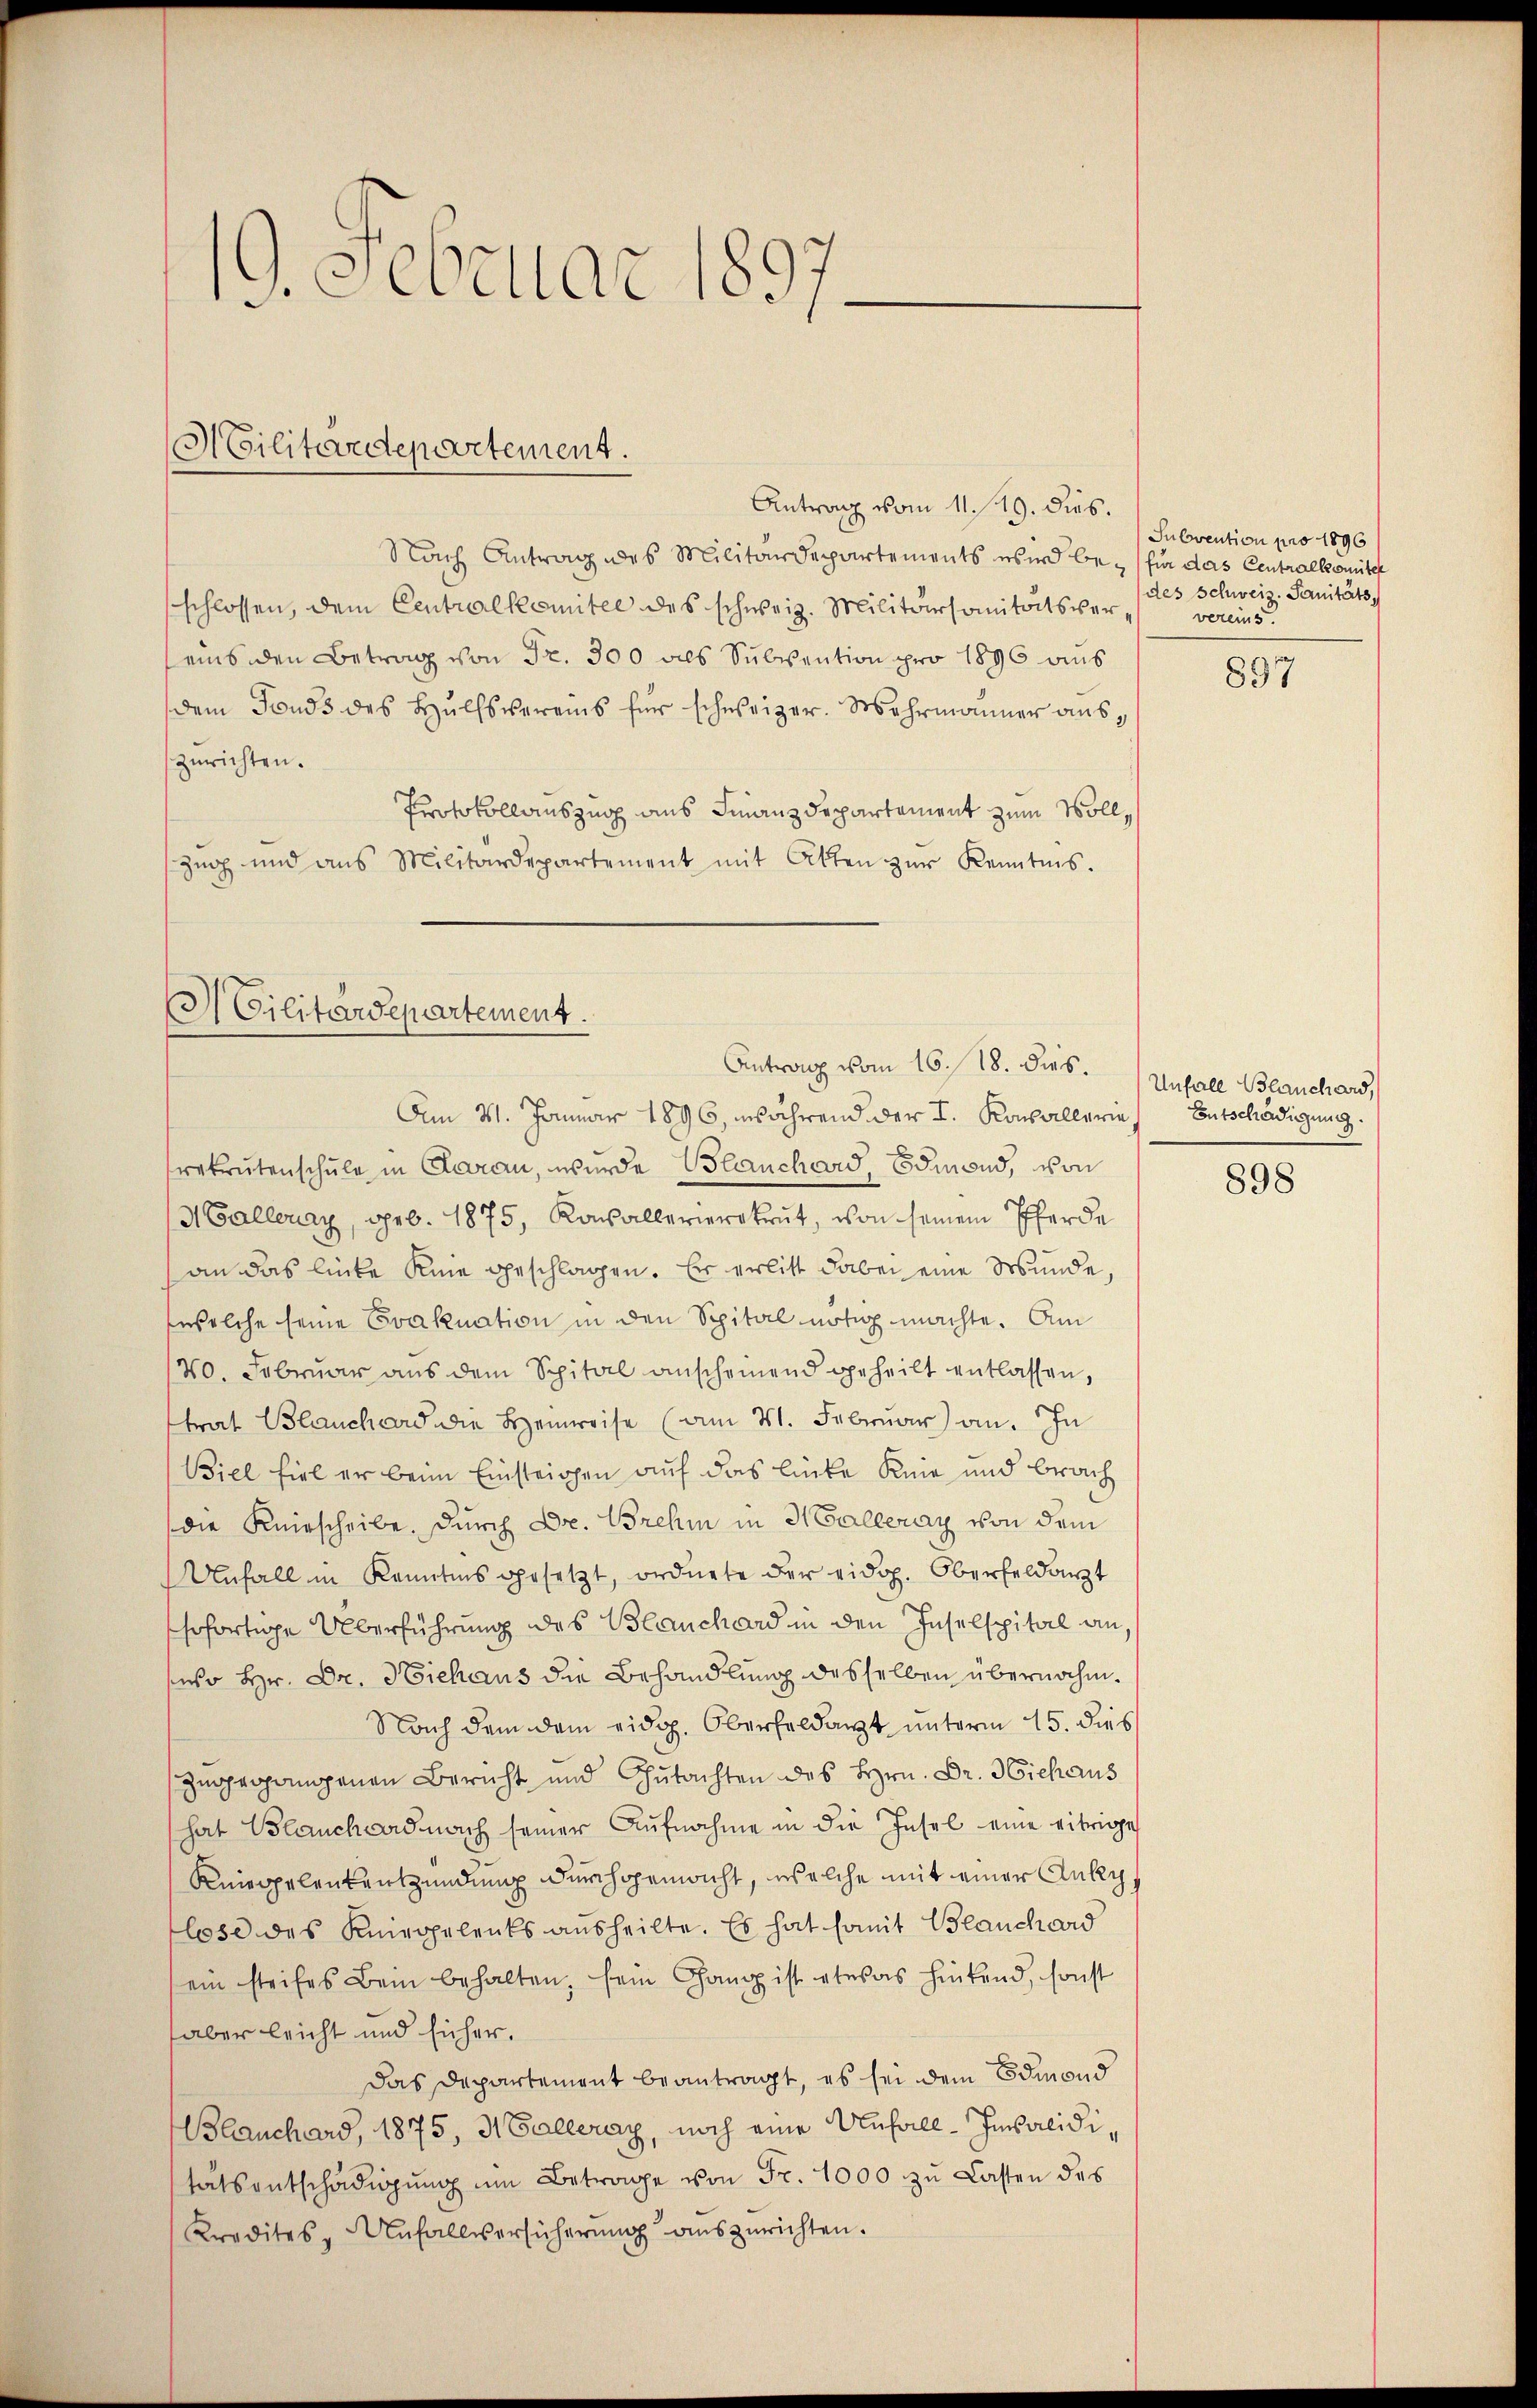
19. Februar 1897

Antrag vom 11. 19. dies
Nach Antrag des Militärdepartements wird be- für das Centralkomitel
schlossen, dem Centralkomitee des schweiz. Militärsanitätsvereins den Betrag von Fr. 300 als Subvention pro 1896 aus
dem Fonds des Hülfsvereins für schweizer. Mehrmanner auszurichten.
Protokollauszug aus Finanzdepartement zum Voll¬
Zŭg und ans Militärdepartement mit Akten zŭr Kenntnis.

Militärdepartement.

3) Cilitärdepartement.
Antrag vom 16. 18. dies. Unfall Blanchard,
Am 31. Januar 1896, während der I. Konsallerin Entschädigung.

rekrutenschule in Garan, wurde Blanchard, Edmond, von
Malleray, geb. 1875, Kasallerierekrut, von seinem Pferde
an das linke Knie geschlagen. Er erlitt dabei eine Wunde,
welche seine Evaknation in den Spital nötig machte. Am
140. Februar aus dem Spital anscheinend geheilt entlassen,
strat Blanchard die Heinweise (am 21. Februar an. In
Biel fiel er beim Einsteigen auf das linke Knie und brach
die Knirscheibe. Durch Dr. Brehin in Halleray von dem
Unfall in Kenntnis gesetzt, ordnete der eidg. Oberfeldarzt
sofortige Überführung des Blanchard in den Inselspital an,
seho Hr. Dr. Hiehaus die Behandlung desselben übernahm.
Nach dem dem eidg. Oberfeldarzt unterm 15. dies
zuprogangenen Bericht und Gutachten des Hrn. Dr. Michaus
hat Blauch ward nach seiner Aufnahme in die Insel eine eifrige
Knieppelenkentzündung durchgemacht, welche mit einer Anke
lose des Kniegelents ausheilte. Es hat somit Blauchard
ein steifes Bein behalten, sein Gang ist etwas hintend, sonst
aber leicht und sicher.
Das Departement beantragt, es sei dem Edmond
Blanchard, 1875, 3 Galleray, noch eine Unfall-Invaliditätsentschädigung um Betrage von Fr. 1000 zu Lasten des
Kredites - Unfallversicherŭng auszurichten.

Sulavention pro 1896
des Schweiz. Sanitäts,
vereins.

897

898